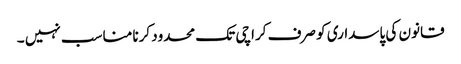
قانون کی پاسداری کو صرف کراچی تک محدود کرنا مناسب نہیں ۔